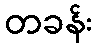
တခန်း